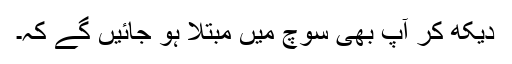
دیکھ کر آپ بھی سوچ میں مبتلا ہو جائیں گے کہ۔